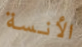
الأنسة